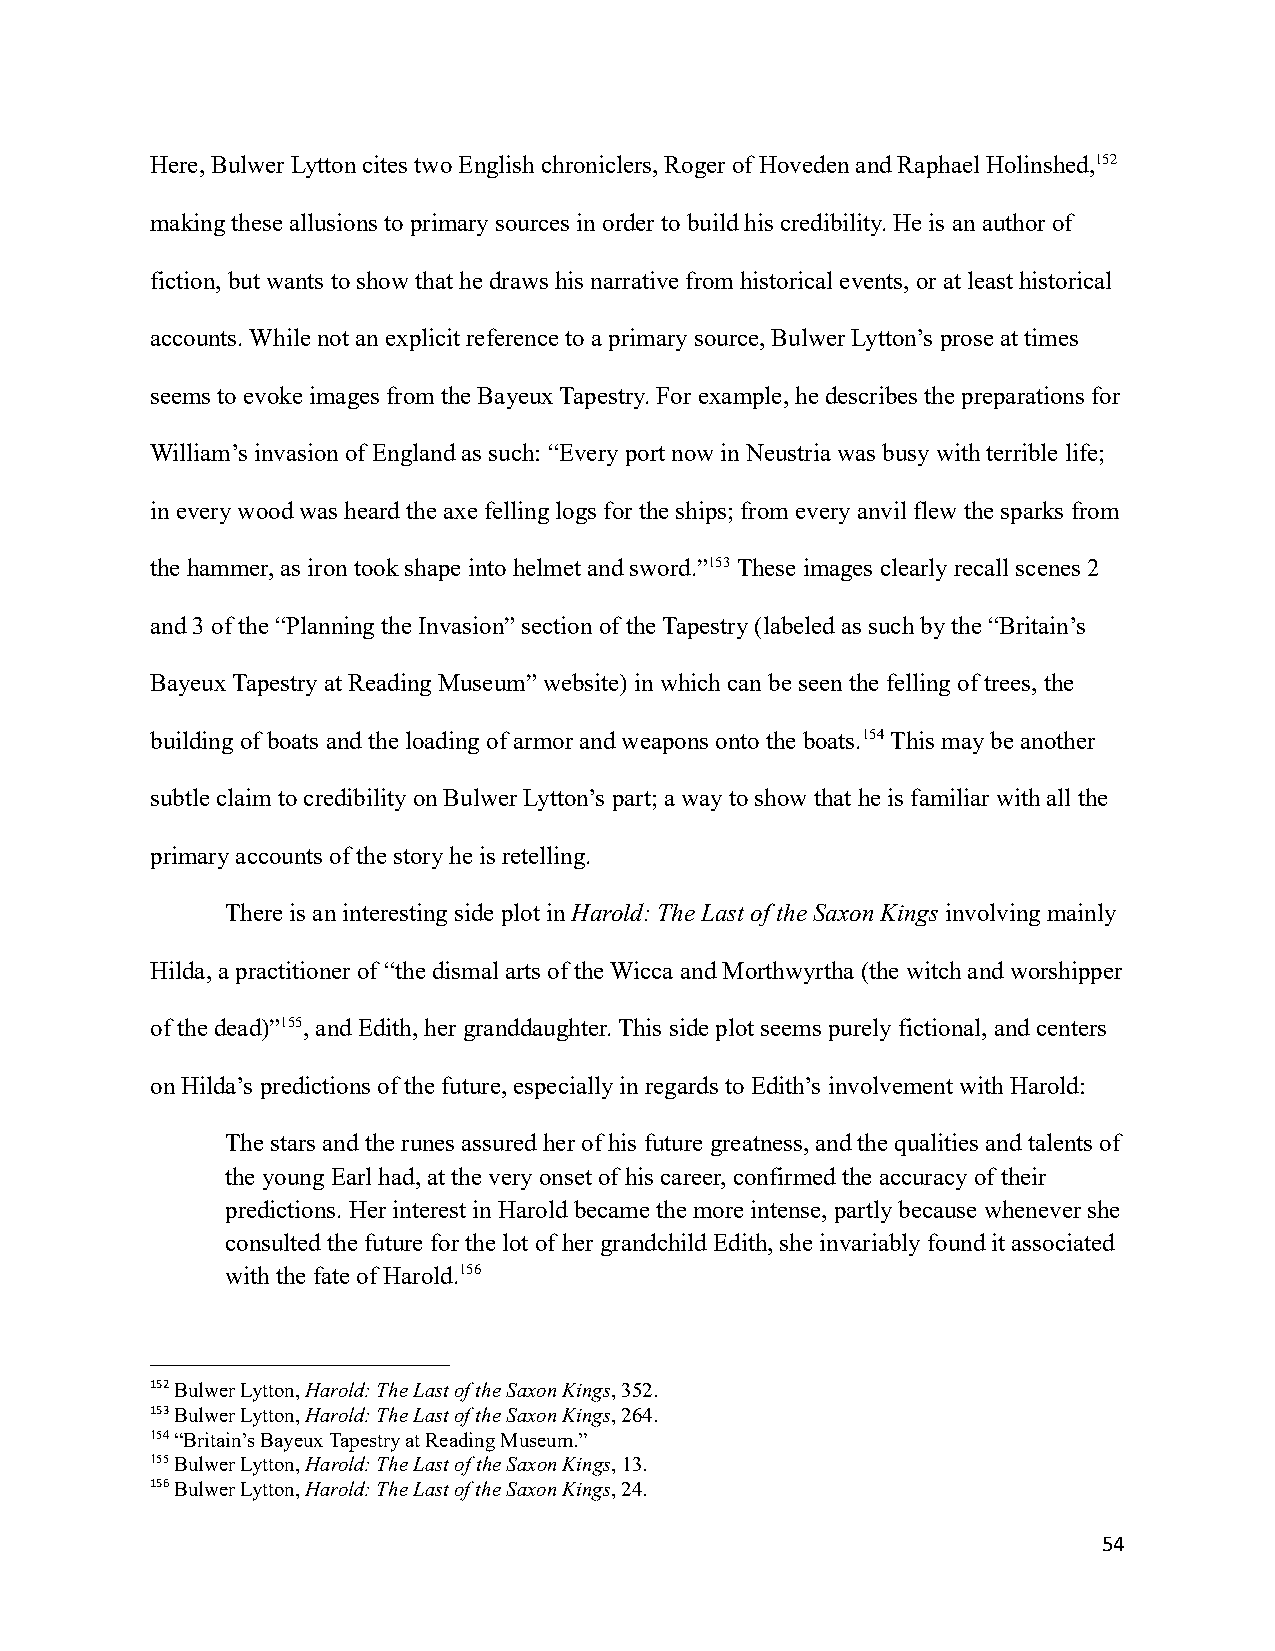
Here, Bulwer Lytton cites two English chroniclers, Roger of Hoveden and Raphael Holinshed,152
 making these allusions to primary sources in orderto build his credibility. He is an author of
 fiction, but wants to show that he draws his narrativefrom historical events, or at least historical
 accounts. While not an explicit reference to a primary source, Bulwer Lytton’s prose at times
 seems to evoke images from the Bayeux Tapestry. For example, he describes the preparations for
 William’s invasion of England as such: “Every portnow in Neustria was busy with terrible life;
 in every wood was heard the axe felling logs for theships; from every anvil flew the sparks from
 the hammer, as iron took shape into helmet and sword.”153These images clearly recall scenes 2
 and 3 of the “Planning the Invasion” section of theTapestry (labeled as such by the “Britain’s
 Bayeux Tapestry at Reading Museum” website) in which can be seen the felling of trees, the
 building of boats and the loading of armor and weaponsonto the boats.154This may be another
 subtle claim to credibility on Bulwer Lytton’s part;a way to show that he is familiar with all the
 primary accounts of the story he is retelling.
 There is an interesting side plot inHarold: The Lastof the Saxon Kingsinvolving mainly
 Hilda, a practitioner of “the dismal arts of the Wicca and Morthwyrtha (the witch and worshipper
 of the dead)”155, and Edith, her granddaughter. This side plot seems purely fictional, and centers
 on Hilda’s predictions of the future, especially inregards to Edith’s involvement with Harold:
 The stars and the runes assured her of his futuregreatness, and the qualities and talents of
 the young Earl had, at the very onset of his career,confirmed the accuracy of their
 predictions. Her interest in Harold became the moreintense, partly because whenever she
 consulted the future for the lot of her grandchildEdith, she invariably found it associated
 with the fate of Harold.156
 152Bulwer Lytton,Harold: The Last of the Saxon Kings,352.
 153Bulwer Lytton,Harold: The Last of the Saxon Kings,264.
 154“Britain’s Bayeux Tapestry at Reading Museum.”
 155Bulwer Lytton,Harold: The Last of the Saxon Kings,13.
 156Bulwer Lytton,Harold: The Last of the Saxon Kings,24.
 54